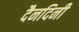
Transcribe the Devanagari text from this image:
दैनदिनी